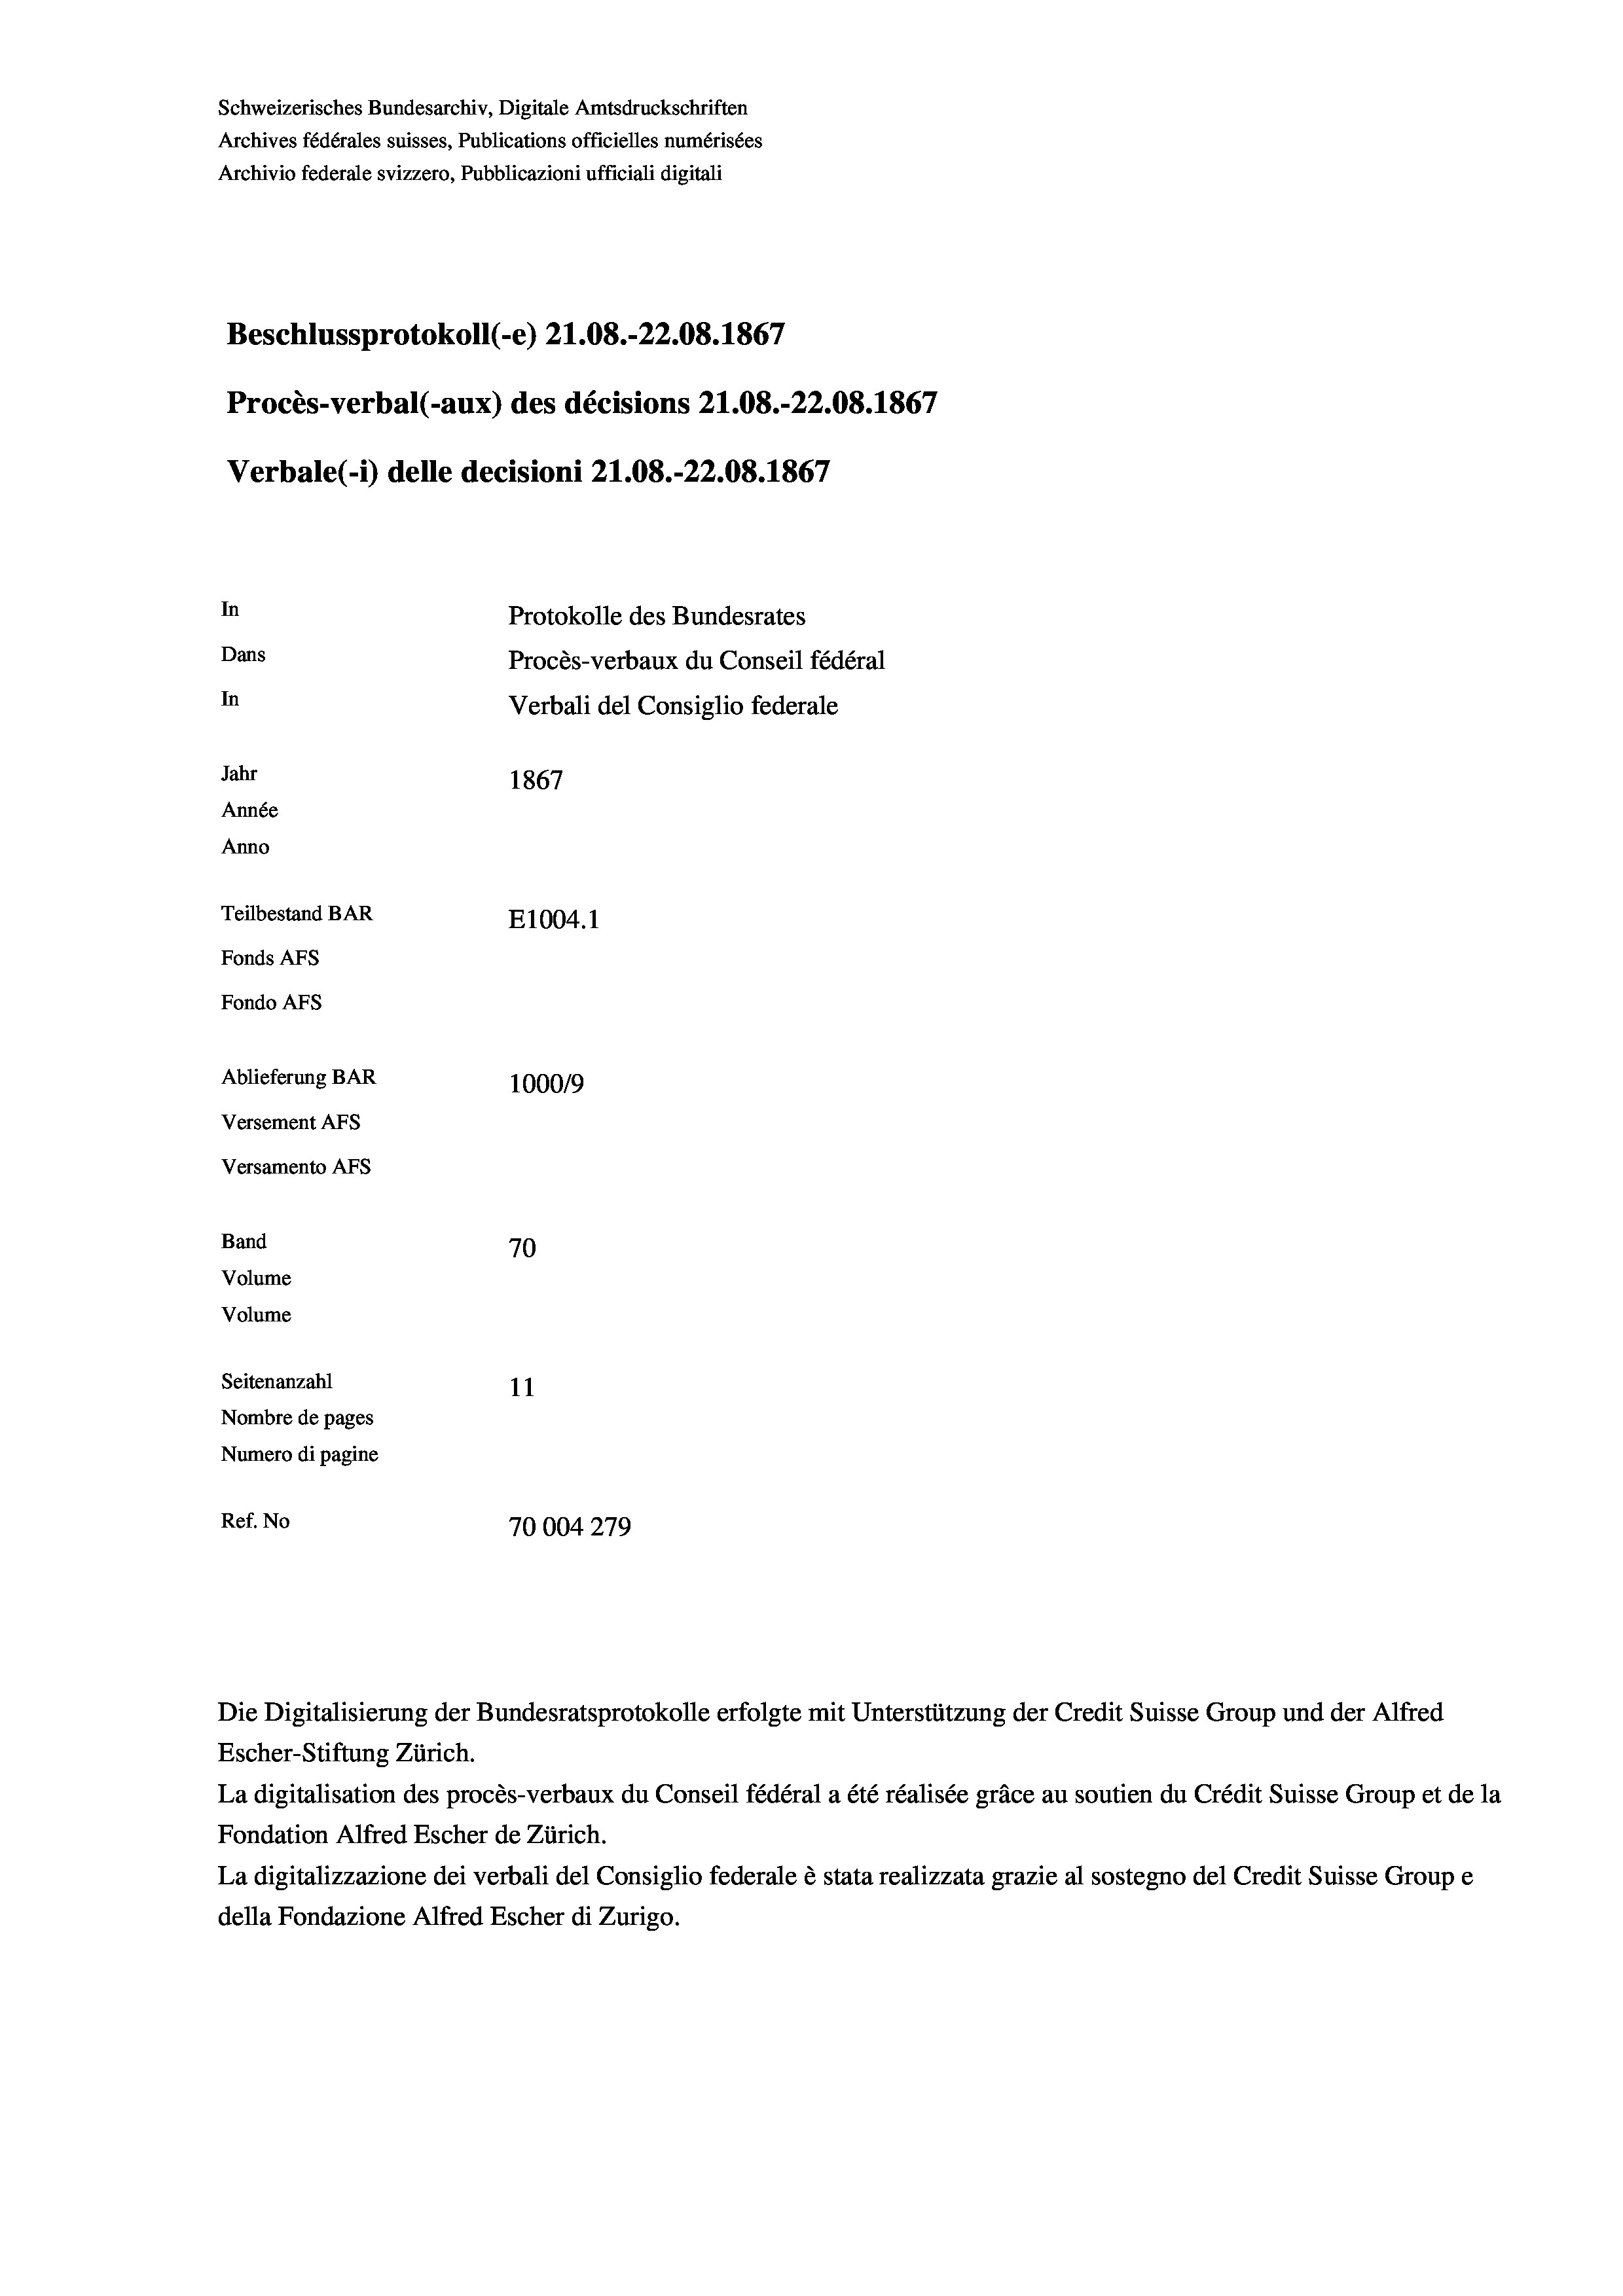
Schweizerisches Bundesarchiv, Digitale Amtsdruckschriften
Archives fédérales suisses, Publications officielles numérisées
Archivio federale svizzero, Pubblicazioni ufficiali digitali
Beschlussprotokoll (-e) 21.08.-22.08. 1867
Procès-verbal (-aux) des décisions 21.08.-22.08. 1867
Verbale(*) delle decisioni 21.08.-22.08. 1867
In
Protokolle des Bundesrates
Dans
Procès-verbaux du Conseil fédéral
In
Verbali del Consiglio federale
Jahr
1867
Année
Anno
Teilbestand BAR
E1004.1
Fonds AFs
Fondo AFS
Ablieferung BAR
100019
Versement AFs
Versamento AFs
Band
70
Volume
Volume
Seitenanzahl
11
Nombre de pages
Numero di pagine
Ref. No
70004279

Die Digitalisierung der Bundesratsprotokolle erfolgte mit Unterstützung der Credit Suisse Group und der Alfred
Escher-Stiftung Zürich.
La digitalisation des procès-verbaux du Conseil fédéral a été réalisée gräce au soutien du Crédit Suisse Group et de la
Fondation Alfred Escher de Zürich.
La digitalizzazione dei verbali del Consiglio federale è stata realizzata grazie al sostegno del Credit Suisse Groupe
della Fondazione Alfred Escher di Zurigo.